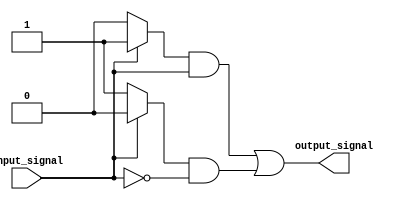
module push_pull_buffer (
    input wire input_signal,
    output reg output_signal
);

reg output_high, output_low;

always @ (input_signal)
begin
    if (input_signal == 1'b1) begin
        output_high <= 1'b1;
        output_low <= 1'b0;
    end
    else begin
        output_high <= 1'b0;
        output_low <= 1'b1;
    end
end

assign output_signal = (output_high & input_signal) | (output_low & ~input_signal);

endmodule